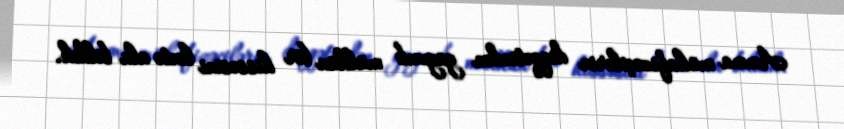
Amma mühafizəçilərin diqqətindən yayınıb mülkün bir hissəsini lentə ala bildik.